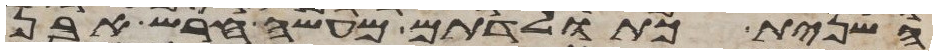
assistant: השנית כתולדתם מעשה חרש אבן